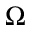
\Omega